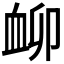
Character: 𧖰